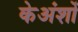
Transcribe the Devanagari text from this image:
केअंशों